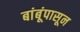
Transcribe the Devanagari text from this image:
बांबूंपासून